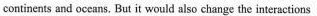
continents and oceans, But it would also change the interactions